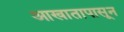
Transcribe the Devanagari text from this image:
आखातापासून